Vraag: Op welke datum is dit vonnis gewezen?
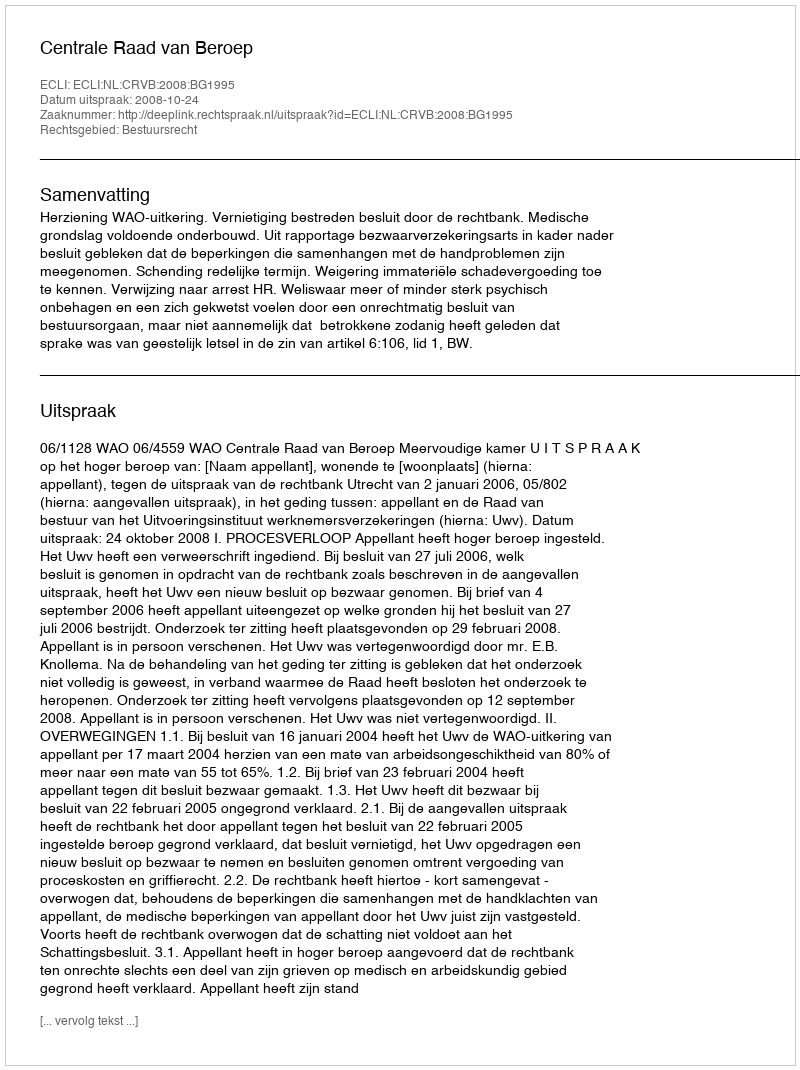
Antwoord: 2008-10-24